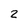
Character: 2